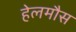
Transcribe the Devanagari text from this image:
हेलमौस